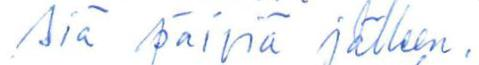
siä päiviä jälleen.